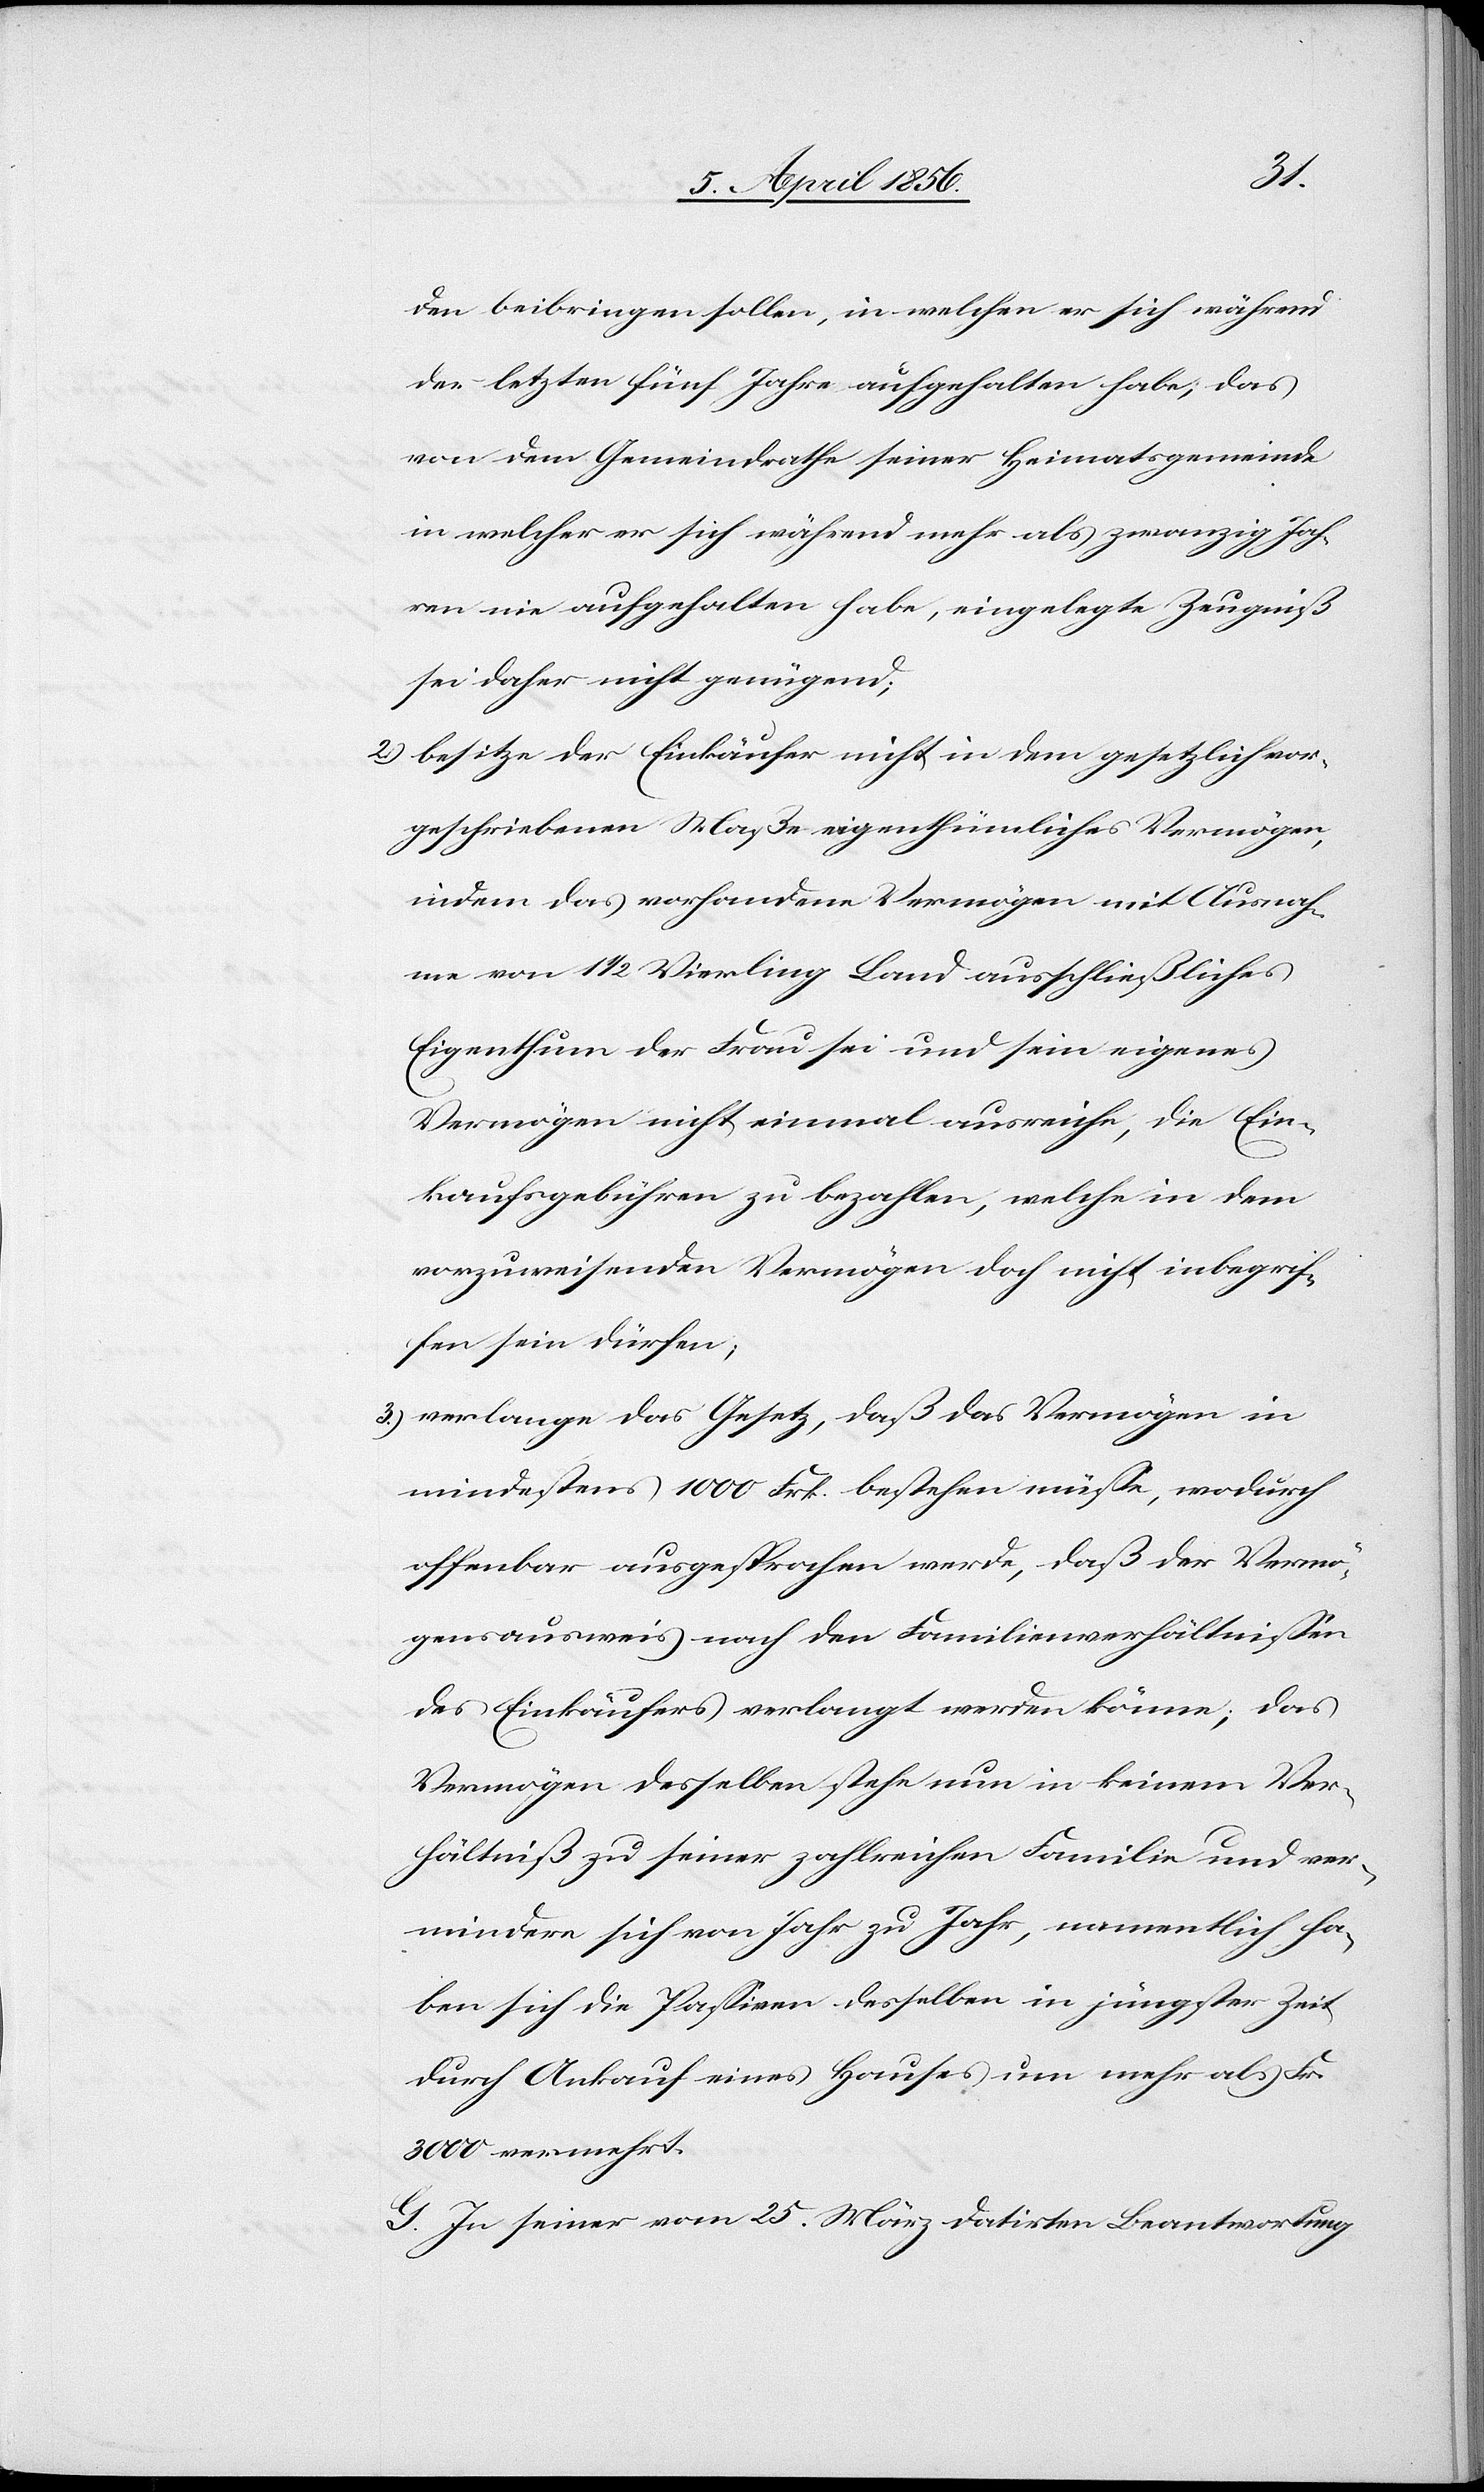
den beibringen sollen, in welchen er sich während
der letzten fünf Jahre aufgehalten habe; das
von dem Gemeindrathe seiner Heimatsgemeinde
in welcher er sich während mehr als zwanzig Jah¬
ren nie aufgehalten habe, eingelegte Zeugniß
sei daher nicht genügend;
2.) besitze der Einkäufer nicht in dem gesetzlich vor¬
geschriebenen Maße eigenthümliches Vermögen,
indem das vorhandene Vermögen mit Ausnah¬
me von 1½ Vierling Land ausschließliches
Eigenthum der Frau sei und sein eigenes
Vermögen nicht einmal ausreiche, die Ein¬
kaufsgebühren zu bezahlen, welche in dem
vorzuweisenden Vermögen doch nicht inbegrif¬
fen sein dürfen;
3.) verlange das Gesetz, daß das Vermögen in
mindestens 1000 Frk. bestehen müsse, wodurch
offenbar ausgesprochen werde, daß der Vermö¬
gensausweis nach den Familienverhältnissen
des Einkäufers verlangt werden könne; das
Vermögen desselben stehe nun in keinem Ver¬
hältniß zu seiner zahlreichen Familie und ver¬
mindere sich von Jahr zu Jahr, namentlich ha¬
ben sich die Passiven desselben in jüngster Zeit
durch Ankauf eines Hauses um mehr als Fr.
3000 vermehrt.
G. In seiner vom 25. März datirten Beantwortung